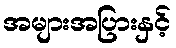
အများအပြားနှင့်